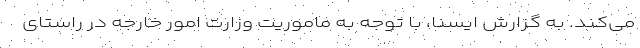
می‌کند. به گزارش ایسنا، با توجه به ماموریت وزارت امور خارجه در راستای